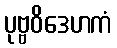
ပုဗ္ဗဝိဒေဟကံ